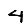
Digit: 4